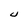
Character: U